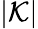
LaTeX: |\mathcal{K}|